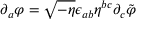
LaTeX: \partial _ { a } \varphi = \sqrt { - \eta } \epsilon _ { a b } \eta ^ { b c } \partial _ { c } \tilde { \varphi }